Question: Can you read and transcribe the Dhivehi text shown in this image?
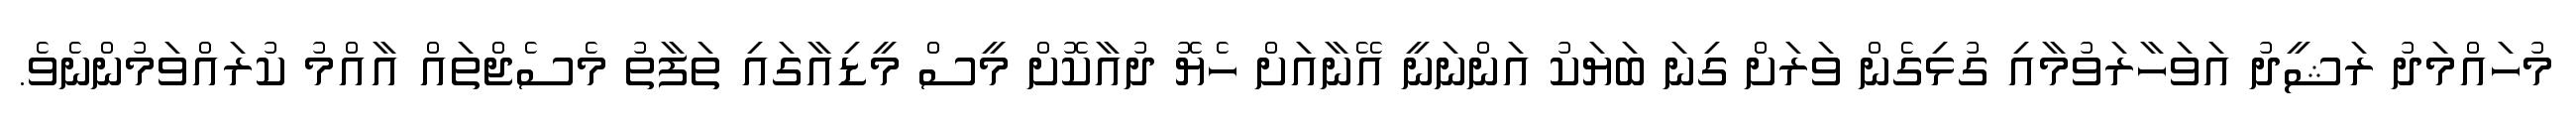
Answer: މުހައްމަދު ރަޝީދު އަވަހާރަވުމާއި ގުޅިގެން ވަރަށް ގިނަ ބަޔަކު އަންނަނީ އޭނާއަށް ހެޔޮ ދުއާކޮށް މީސް މީޑިއާގައި ތަފާތު މެސެޖްތައް އާއްމު ކުރައްވަމުންނެވެ.